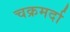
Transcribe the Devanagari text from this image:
चक्रमर्दा